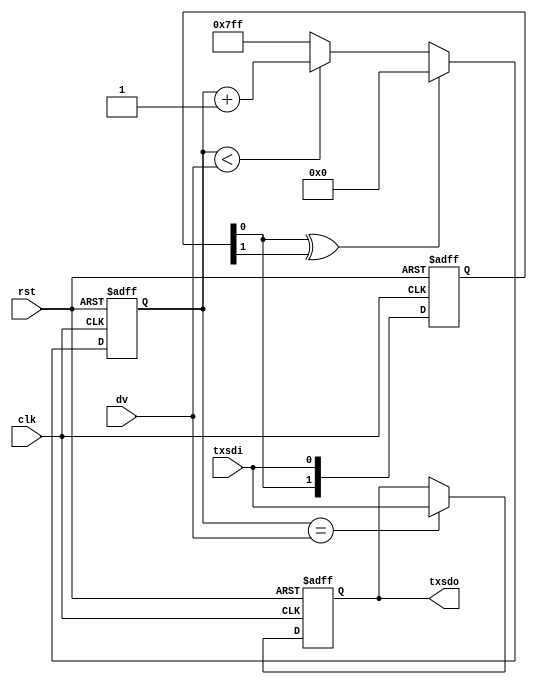
module uart_delay(
    input clk,
    input rst,
    input [10:0] dv,
    input txsdi,
    output reg txsdo
);
    
    //delaying txsdi
    reg [1:0] txsdi_d;
    wire txsdi_rf;
    
    always@(posedge clk or negedge rst) begin
        if(!rst) begin
            txsdi_d <= 2'b11;
        end
        else begin
            txsdi_d <= {txsdi_d[0], txsdi};
        end
    end
    assign txsdi_rf = txsdi_d[0] ^ txsdi_d[1];
    
    //count dv
    reg [10:0] dvcnt;
    
    always@(posedge clk or negedge rst) begin
        if(!rst) begin
            dvcnt <= 11'h7ff;
        end
        else begin
            if(txsdi_rf == 1) begin
                dvcnt <= 0;
            end
            else begin
                if(dvcnt < dv) begin
                    dvcnt <= dvcnt + 1;
                end
                else begin
                    dvcnt <= 11'h7ff;
                end
            end
        end
    end
    
    //txsdo
    
    always@(posedge clk or negedge rst) begin
        if(!rst) begin
            txsdo <= 1;
        end
        else begin
            if(dvcnt == dv) begin
                txsdo <= txsdi;
            end
            else begin
                txsdo <= txsdo;
            end
        end
    end
endmodule